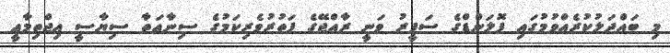
މި ބައްދަލުކުރެއްވުމުގައި ޕޮލަންޑްގެ ސަފީރު ވަނީ ރާއްޖޭގެ ފަތުރުވެރިކަމުގެ ސިނާޢަތާ ސިޔާސީ އިޖްތިމާޢީ